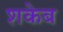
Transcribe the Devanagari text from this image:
शकेब